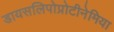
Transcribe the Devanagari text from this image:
डायसलिपोप्रोटीनेमिया